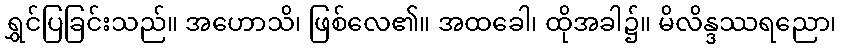
ရွှင်ပြခြင်းသည်။ အဟောသိ၊ ဖြစ်လေ၏။ အထခေါ၊ ထိုအခါ၌။ မိလိန္ဒဿရညော၊